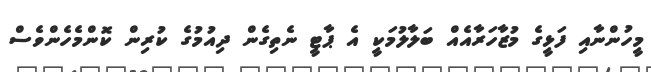
މީހުންނާއި ފަޅީގެ މުޒާހަރާއެއް ބަލާލުމަކީ އެ ޕާޓީ ނެތިގެން ދިއުމުގެ ކުރިން ކޮންމެހެންވެސް